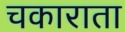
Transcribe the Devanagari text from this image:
चकाराता